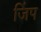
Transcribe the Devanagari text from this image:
जिंप